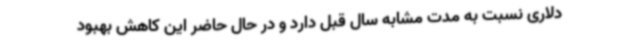
دلاری نسبت به مدت مشابه سال قبل دارد و در حال حاضر این کاهش بهبود